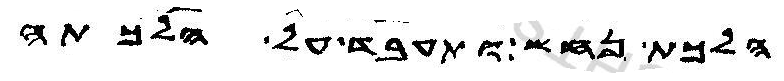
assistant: הלכת נחש ותעבד על הלכתה